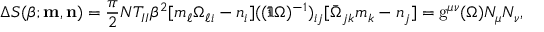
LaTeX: \Delta S ( \beta ; { \bf m } , { \bf n } ) = \frac { \pi } { 2 } N T _ { I I } \beta ^ { 2 } [ m _ { \ell } \Omega _ { \ell i } - n _ { i } ] ( ( \Im \Omega ) ^ { - 1 } ) _ { i j } [ \bar { \Omega } _ { j k } m _ { k } - n _ { j } ] = \mathrm { g } ^ { \mu \nu } ( \Omega ) { \cal N } _ { \mu } { \cal N } _ { \nu } ,